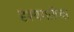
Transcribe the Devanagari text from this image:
दृश्यगतीचा